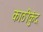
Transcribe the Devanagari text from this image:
काठीकुंद